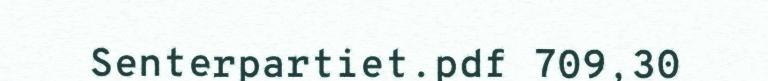
Senterpartiet.pdf 709,30